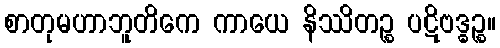
စာတုမဟာဘူတိကေ ကာယေ နိဿိတဉ္စ ပဋိဗဒ္ဓဉ္စ။